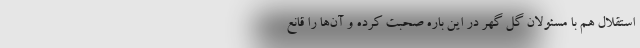
استقلال هم با مسئولان گل گهر در این باره صحبت کرده و آن‌ها را قانع